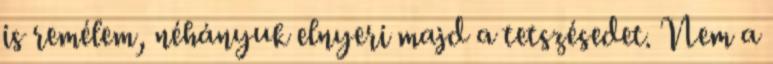
is remélem, néhányuk elnyeri majd a tetszésedet. Nem a